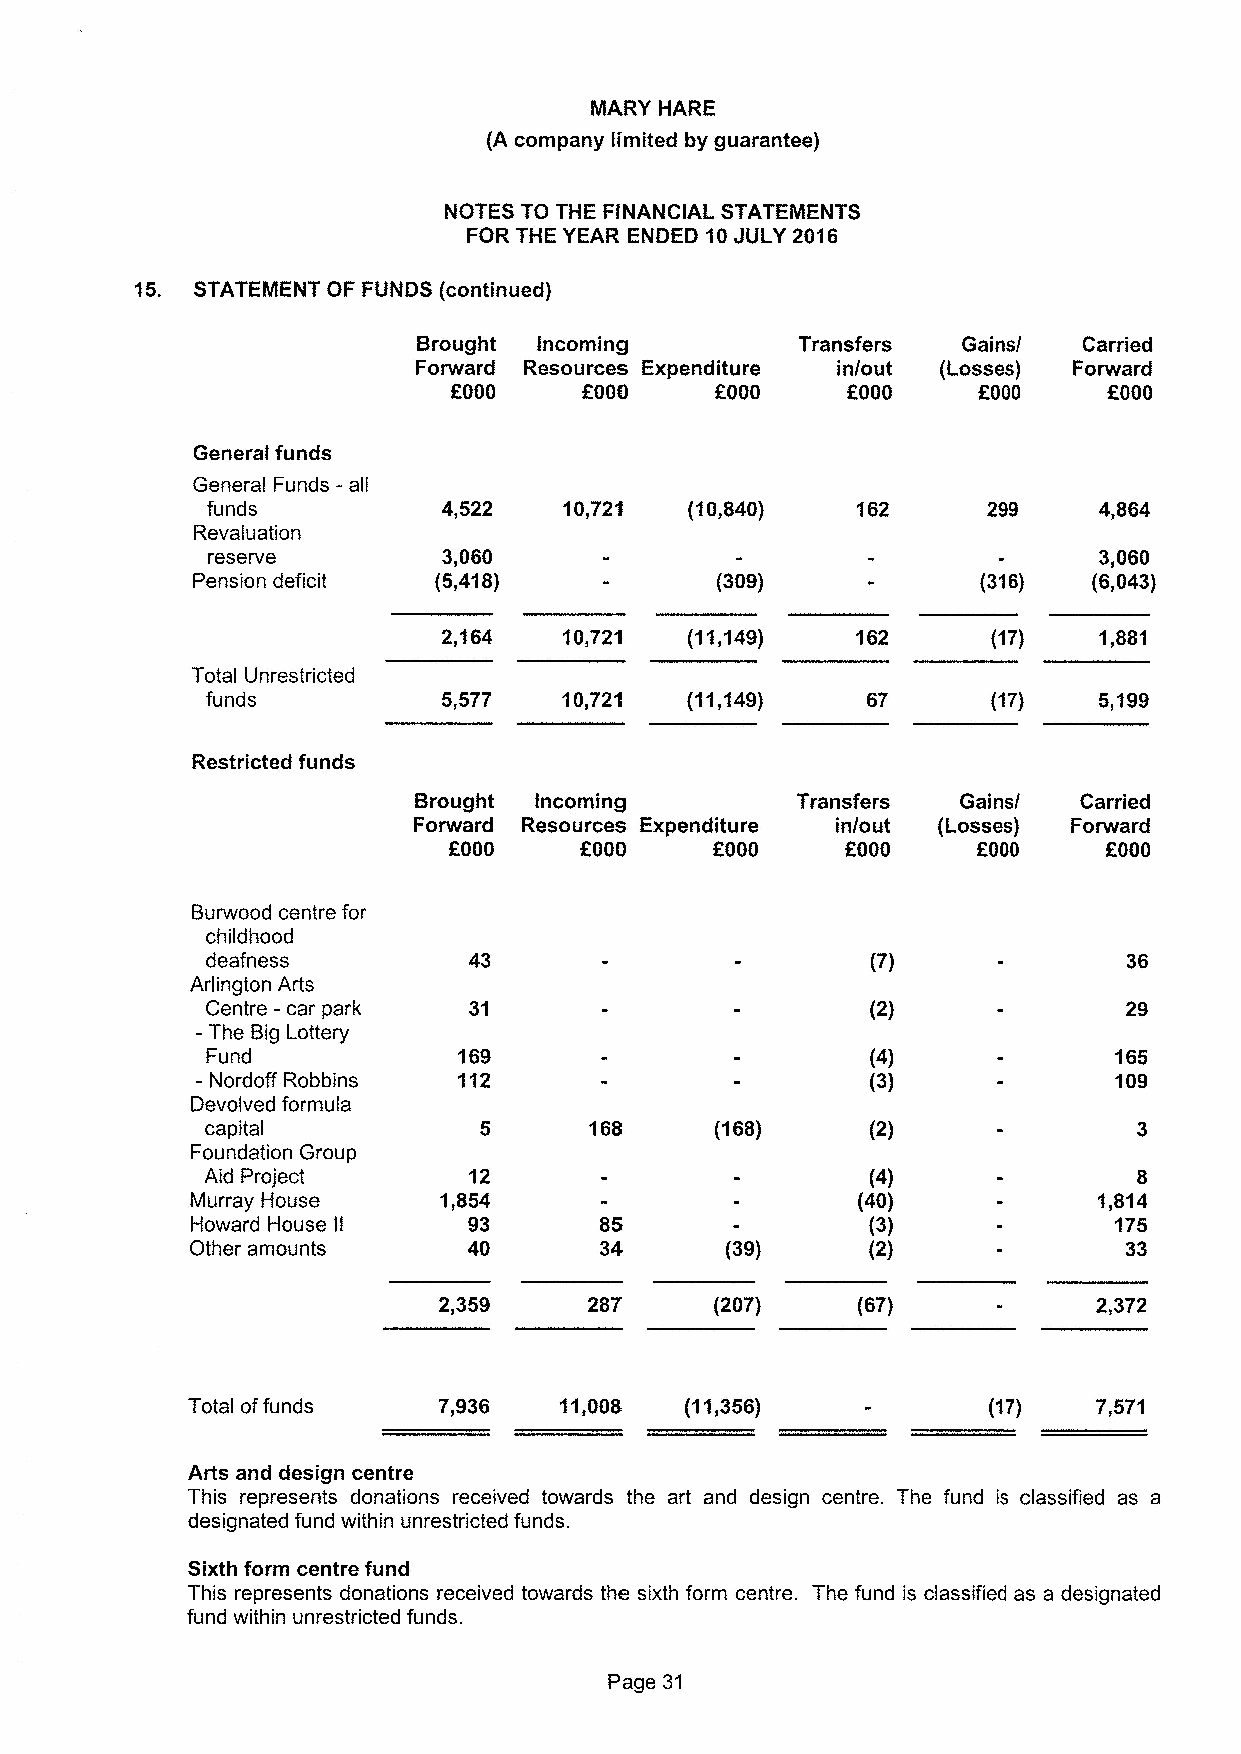
MARY HARE
 (A company limited by guarantee)
 NOTES TO THE FINANCIAL STATEMENTS
 FOR THE YEAR ENDED 10JULY 2016
 15. STATEMENT OF FUNDS (continued)
 Brought Incoming         Transfers  Gains/  Carried
 Forward Resources Expenditure in/out (Losses) Forward
 f000     f000    OOOO     f000     f 000   f000
 General funds
 General Funds - all
 funds          4,522   10,721   (10,840)           299     4,864
 Revaluation
 reserve        3,060                                       3,060
 Pension deficit (5,418)           (309)             {316)  (6,Q43)
 2,164   10,721  (11,149)             (1?)   1,881
 Total Unrestricted
 funds          5,577   10,721  (11,149)    67       (17)   5,199
 Restricted funds
 Brought Incoming          Transfers  Gains/ Carried
 Forward Resources Expenditure in/out (Losses} Forward
 f        f
 f000    fOOQ     f000      000     000     f000
 Burwood centre for
 childhood
 deafness                                    {?)
 Arlington Arts
 Centre -car park                            (2)             29
 -The Big Lottery
 Fund            169                         (4}             165
 - Nordoff Robbins 112                        (3)             109
 Devolved formula
 capital                  168     (168}      (2)
 Foundation Group
 Aid Project      12                         (4)              8
 Murray House    1,854                       (40}            1,814
 Howard House II   93       85                (3)             175
 Other amounts     40       34      (39)      (2)             33
 2,359     287     {207)     (6?)            2 372
 Total offunds    7,936   11,008  {113,56)                    7,571
 Arts and design centre
 This represents donations received towards the art and design centre. The fund is classified as a
 designated fund within unrestricted funds.
 Sixth form centre fund
 This represents donations received towards the sixth form centre. The fund is classified as a designated
 fund within unrestricted funds.
 Page 31